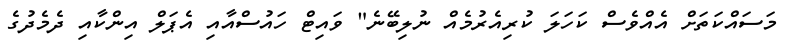
މަސައްކަތަށް އެއްވެސް ކަހަލަ ކުރިއެރުމެއް ނުލިބޭނެ" ވައިޓް ހައުސްއާއި އެޕަލް އިންކާއި ދެމެދުގެ